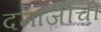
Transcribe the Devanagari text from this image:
दमाजीची